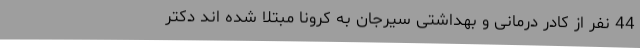
44 نفر از کادر درمانی و بهداشتی سیرجان به کرونا مبتلا شده اند دکتر